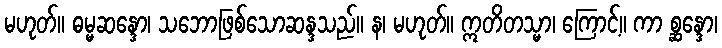
မဟုတ်။ ဓမ္မဆန္ဒော၊ သဘောဖြစ်သောဆန္ဒသည်။ န၊ မဟုတ်။ ဣတိတသ္မာ၊ ကြောင့်။ ကာ စ္ဆန္ဒော၊